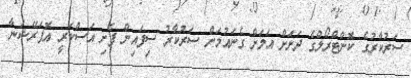
ސަރުކާރުގެ ކޮންޓްރޯލްގެ ދަށަށް އަލަށް ގެނައުމަށް ސަރުކާރު ސިފައިން ފެށި އަސްކަރީ އޮޕަރޭޝަނާ